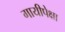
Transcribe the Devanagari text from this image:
गायीपेक्षा